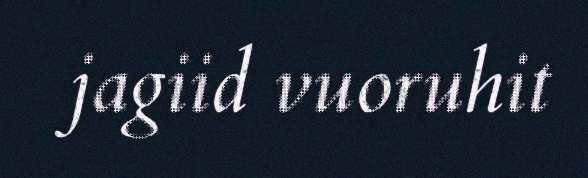
jagiid vuoruhit